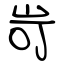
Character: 岢